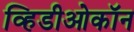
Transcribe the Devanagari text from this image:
व्हिडीओकॉन